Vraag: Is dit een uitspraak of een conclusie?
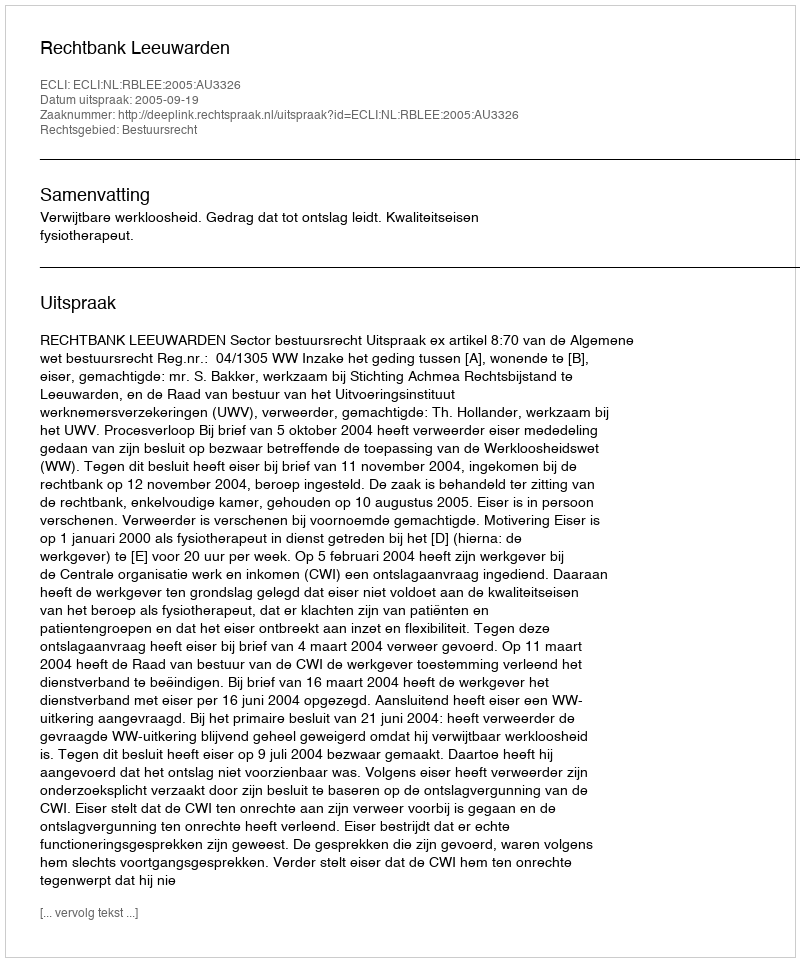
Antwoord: Uitspraak